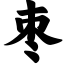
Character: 枣